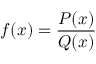
f ( x ) = { \frac { P ( x ) } { Q ( x ) } }